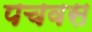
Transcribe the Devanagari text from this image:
पचवस